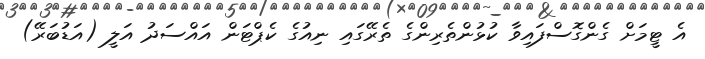
އެ ޓީމަށް ގެންގޮސްފައިވާ ކުޅުންތެރިންގެ ތެރޭގައި ނިއުގެ ކެޕްޓަން އައްސަދު އަލީ (އަޑުބަރޭ)